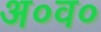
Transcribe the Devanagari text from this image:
अ०व०